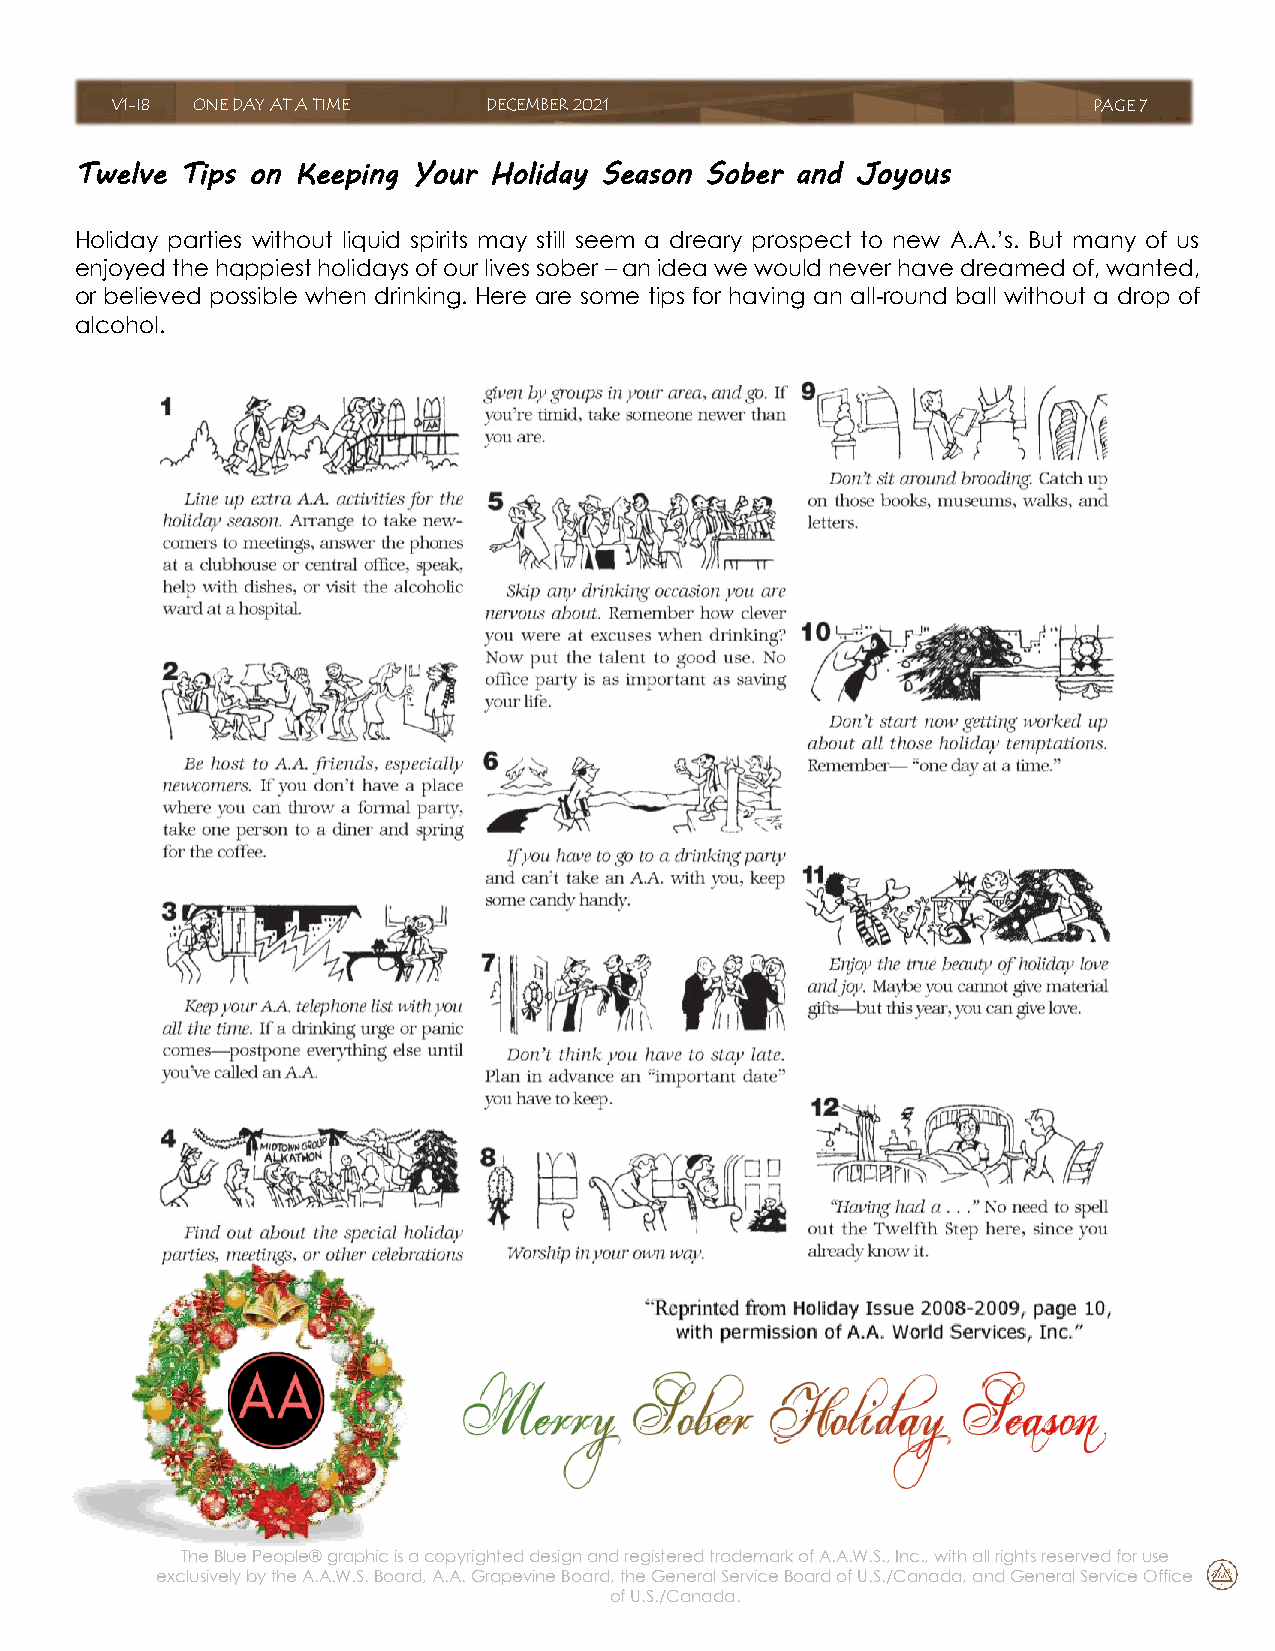
V1-I8 ONE DAY AT A TIME  DECEMBER 2021                           PAGE 7
 Twelve Tips on Keeping Your Holiday Season Sober and Joyous
 Holiday parties without liquid spirits may still seem a dreary prospect to new A.A.’s. But many of us
 enjoyed the happiest holidays of our lives sober – an idea we would never have dreamed of, wanted,
 or believed possible when drinking. Here are some tips for having an all-round ball without a drop of
 alcohol.
 The Blue People® graphic is a copyrighted design and registered trademark of A.A.W.S., Inc., with all rights reserved for use
 exclusively by the A.A.W.S. Board, A.A. Grapevine Board, the General Service Board of U.S./Canada, and General Service Office
 of U.S./Canada.